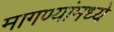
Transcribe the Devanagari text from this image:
मागण्यांमध्ये